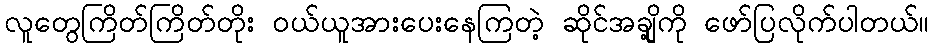
လူတွေကြိတ်ကြိတ်တိုး ဝယ်ယူအားပေးနေကြတဲ့ ဆိုင်အချို့ကို ဖော်ပြလိုက်ပါတယ်။